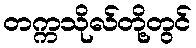
တက္ကသိုလ်တို့တွင်